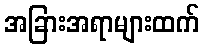
အခြားအရာများထက်